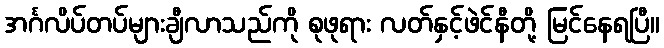
အင်္ဂလိပ်တပ်များချီလာသည်ကို စုဖုရား လတ်နှင့်ဖဲင်နီတို့ မြင်နေရပြီ။